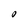
Character: O